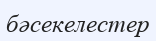
бәсекелестер